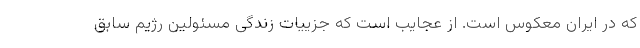
که در ایران معکوس است. از عجایب است که جزییات زندگی مسئولین رژیم سابق